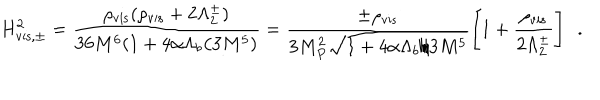
H _ { \mathrm { v i s , \pm } } ^ { 2 } = \frac { \rho _ { \mathrm { v i s } } ( \rho _ { \mathrm { v i s } } + 2 \Lambda _ { 2 } ^ { \pm } ) } { 3 6 M ^ { 6 } ( 1 + 4 \alpha \Lambda _ { b } / 3 M ^ { 5 } ) } = \frac { \pm \rho _ { \mathrm { v i s } } } { 3 M _ { P } ^ { 2 } \sqrt { 1 + 4 \alpha \Lambda _ { b } / 3 M ^ { 5 } } } \left[ 1 + \frac { \rho _ { \mathrm { v i s } } } { 2 \Lambda _ { 2 } ^ { \pm } } \right] ~ ~ .